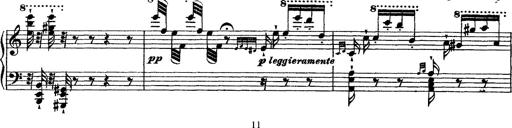
Title: Grande fantasie di bravura sur La clochette
Composer: Franz Liszt
Key: A minor